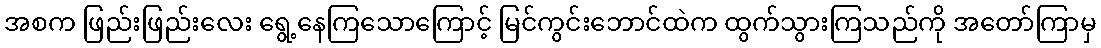
အစက ဖြည်းဖြည်းလေး ရွေ့နေကြသောကြောင့် မြင်ကွင်းဘောင်ထဲက ထွက်သွားကြသည်ကို အတော်ကြာမှ